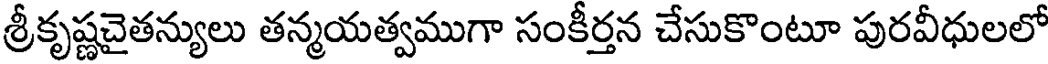
శ్రీకృష్ణచైతన్యులు తన్మయత్వముగా సంకీర్తన చేసుకొంటూ పురవీధులలో